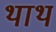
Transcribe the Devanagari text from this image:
थाथ